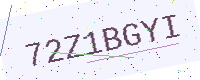
Text: 72Z1BGYI